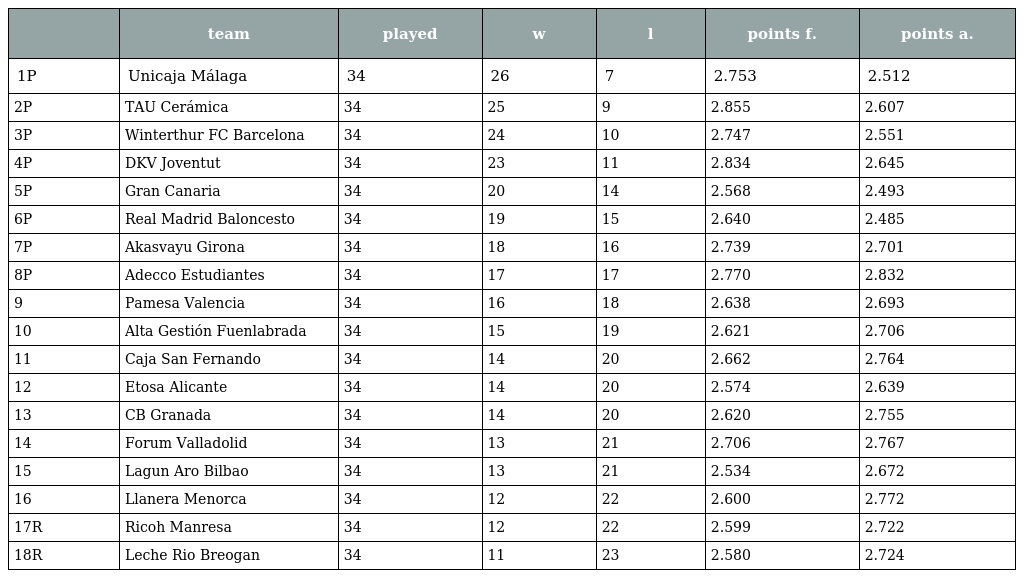
|  | team | played | w | l | points f. | points a. |
 | --- | --- | --- | --- | --- | --- | --- |
 | 1P | Unicaja Málaga | 34 | 26 | 7 | 2.753 | 2.512 |
 | 2P | TAU Cerámica | 34 | 25 | 9 | 2.855 | 2.607 |
 | 3P | Winterthur FC Barcelona | 34 | 24 | 10 | 2.747 | 2.551 |
 | 4P | DKV Joventut | 34 | 23 | 11 | 2.834 | 2.645 |
 | 5P | Gran Canaria | 34 | 20 | 14 | 2.568 | 2.493 |
 | 6P | Real Madrid Baloncesto | 34 | 19 | 15 | 2.640 | 2.485 |
 | 7P | Akasvayu Girona | 34 | 18 | 16 | 2.739 | 2.701 |
 | 8P | Adecco Estudiantes | 34 | 17 | 17 | 2.770 | 2.832 |
 | 9 | Pamesa Valencia | 34 | 16 | 18 | 2.638 | 2.693 |
 | 10 | Alta Gestión Fuenlabrada | 34 | 15 | 19 | 2.621 | 2.706 |
 | 11 | Caja San Fernando | 34 | 14 | 20 | 2.662 | 2.764 |
 | 12 | Etosa Alicante | 34 | 14 | 20 | 2.574 | 2.639 |
 | 13 | CB Granada | 34 | 14 | 20 | 2.620 | 2.755 |
 | 14 | Forum Valladolid | 34 | 13 | 21 | 2.706 | 2.767 |
 | 15 | Lagun Aro Bilbao | 34 | 13 | 21 | 2.534 | 2.672 |
 | 16 | Llanera Menorca | 34 | 12 | 22 | 2.600 | 2.772 |
 | 17R | Ricoh Manresa | 34 | 12 | 22 | 2.599 | 2.722 |
 | 18R | Leche Rio Breogan | 34 | 11 | 23 | 2.580 | 2.724 |